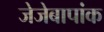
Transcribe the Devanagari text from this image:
जेजेबापांक